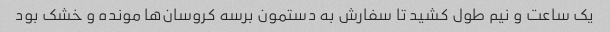
یک ساعت و نیم طول کشید تا سفارش به دستمون برسه کروسان‌ها مونده و خشک بود